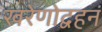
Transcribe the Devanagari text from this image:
खरेणोद्वहनं